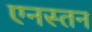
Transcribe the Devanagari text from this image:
एनस्तन